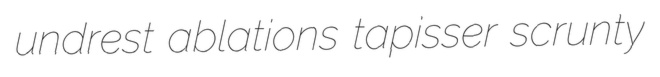
undrest ablations tapisser scrunty